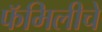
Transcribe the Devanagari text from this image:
फॅमिलीचे